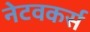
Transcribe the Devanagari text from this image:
नेटवकर्स